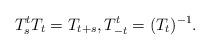
LaTeX: \begin{align*}T^{t}_{s}T_{t} = T_{t+s}, T^{t}_{-t} = (T_{t})^{-1}. \end{align*}